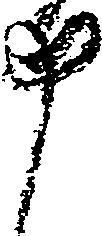
申